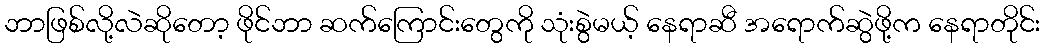
ဘာဖြစ်လို့လဲဆိုတော့ ဖိုင်ဘာ ဆက်ကြောင်းတွေကို သုံးစွဲမယ့် နေရာဆီ အရောက်ဆွဲဖို့က နေရာတိုင်း